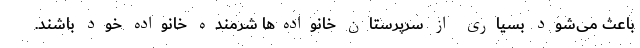
باعث می‌شود بسیاری از سرپرستان خانواده‌ها شرمنده خانواده خود باشند.